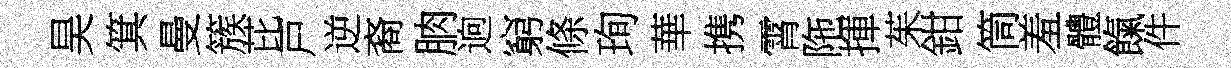
昊箕曼簇芘戸逆裔朒逈窮條珣華携霄陁揮茱鉗筒羞體餼件